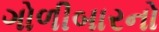
ગોળીબારનો